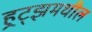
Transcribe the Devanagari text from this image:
हर्‍ट्झमधील